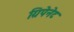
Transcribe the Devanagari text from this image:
ग्रिपेनेट